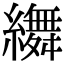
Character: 𦆞